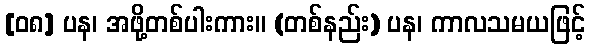
[၀၈] ပန၊ အဖို့တစ်ပါးကား။ (တစ်နည်း) ပန၊ ကာလသမယဖြင့်